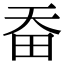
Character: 𤰳